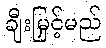
ချီးမြှင့်မည်